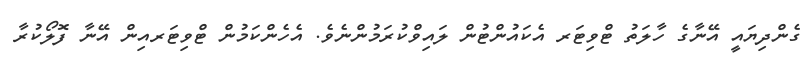
ގެންދިޔައީ އޭނާގެ ހާލަތު ޓްވިޓަރ އެކައުންޓުން ލައިވްކުރަމުންނެވެ. އެހެންކަމުން ޓްވިޓަރއިން އޭނާ ފޮލޯކުރާ